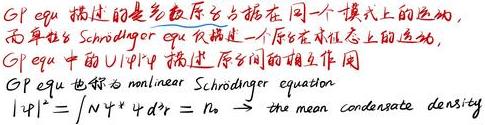
GP equ 描述的是多玻色原子在同一个模式上的运动，而单址的 Schrödinger equ 仅描述一个原子在本征态上的运动，GP equ 中的 $U\rho|\rho\rangle$ 描述原子间的相互作用
GP equ 也称为 multilinear Schrödinger equation
$\langle \rho|\rho\rangle=\int N^{*}Nd^{3}r = N_{0}\rightarrow$ the mean condensate density